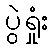
ပွဲရှုံး